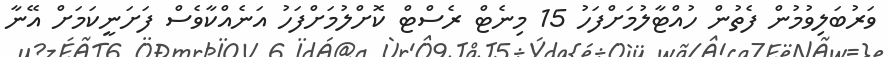
ވަރުބަލިވުމުން ފެތުން ހުއްޓާލުމަށްފަހު 15 މިނެޓް ރެސްޓް ކޮށްލުމަށްފަހު އަނެއްކާވެސް ފަށަނީކަމަށް އޭނާ